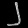
Digit: ၂